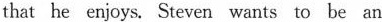
that he enjoys. Steven wants to be an